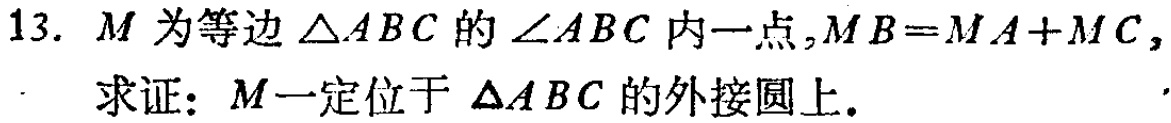
13. \(M\)为等边\(\triangle ABC\)的\(\angle ABC\)内一点，\(MB = MA + MC\)，
求证：\(M\)一定位于\(\triangle ABC\)的外接圆上。